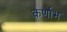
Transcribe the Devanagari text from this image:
कर्णाभ